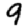
Digit: 9